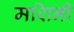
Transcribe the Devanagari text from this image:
मशिनी